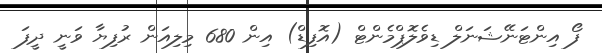
ފޯ އިންޓަނޭޝަނަލް ޑިވެލޮޕްމެންޓް (އޮފިޑް) އިން 680 މިލިއަން ރުފިޔާ ވަނީ ދީފަ